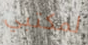
لمكتبي